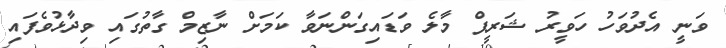
ވަނީ އެދުވަހު ހަވީރު ޝަރީފް މާލެ ވަޑައިގަންނަވާ ކަމަށް ނާޒިމް ގާތުގައި ވިދާޅުވެފައި